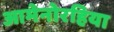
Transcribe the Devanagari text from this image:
आमेनोरहिया